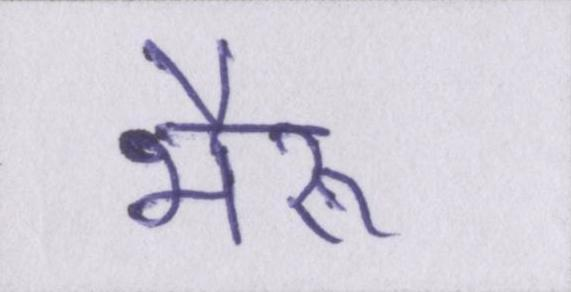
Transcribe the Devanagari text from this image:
भैरू